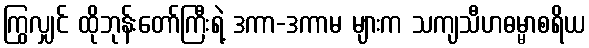
ကြွလျှင် ထိုဘုန်းတော်ကြီးရဲ့ ဒကာ-ဒကာမ များက သကျသီဟဓမ္မာစရိယ